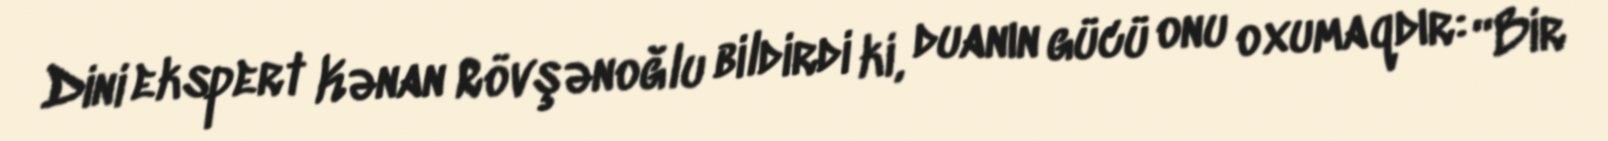
Dini ekspert Kənan Rövşənoğlu bildirdi ki, duanın gücü onu oxumaqdır: “Bir